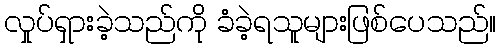
လှုပ်ရှားခဲ့သည်ကို ခံခဲ့ရသူများဖြစ်ပေသည်။